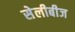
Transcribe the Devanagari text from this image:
सेलीबीज